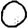
Digit: 0